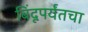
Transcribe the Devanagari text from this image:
बिंदूपर्यंतचा